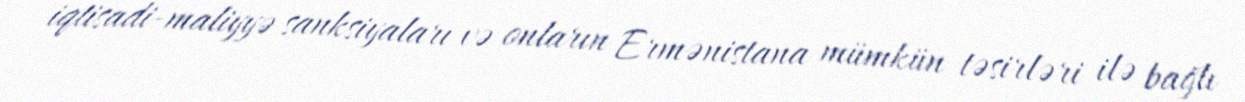
iqtisadi-maliyyə sanksiyaları və onların Ermənistana mümkün təsirləri ilə bağlı